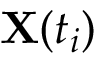
{ \bf X } ( t _ { i } )